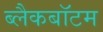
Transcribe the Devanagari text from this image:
ब्लैकबॉटम